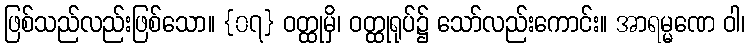
ဖြစ်သည်လည်းဖြစ်သော။ {၀၇} ဝတ္ထုမှိ၊ ဝတ္ထုရုပ်၌ သော်လည်းကောင်း။ အာရမ္မဏေ ဝါ၊